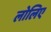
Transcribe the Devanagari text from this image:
लोलिए